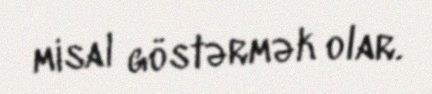
misal göstərmək olar.